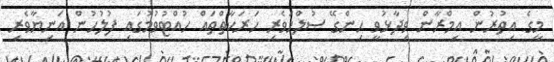
މީގެ އިތުރުން އިމްރާން ވިދާޅުވީ ހިންގޭ ސުލްހަވެރި ހަރަކާތްތައް ހުއްޓުވުމުގައި ފުލުހުން އަނިޔާވެރި